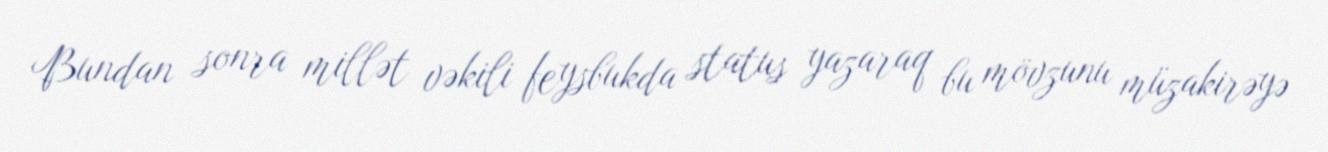
Bundan sonra millət vəkili feysbukda status yazaraq bu mövzunu müzakirəyə